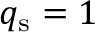
q _ { \mathrm { s } } = 1